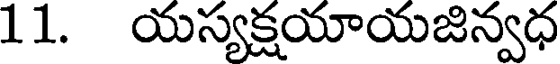
11. యస్యక్షయాయజిన్వధ